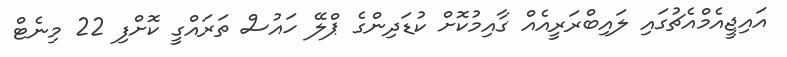
އައިޖީއެމްއެޗުގައި ލައިބްރަރީއެއް ގާއިމުކޮށް ކުޑަދިންގެ ޕްލޭ ހައުސް ތަރައްގީ ކޮށްފި 22 މިނެޓް